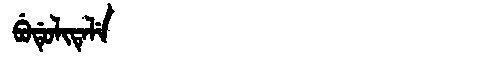
Manchu: ᠪᡠᡩᡠᠯᡳᡨᡝᠯᡝ
Romanization: BUDULITELE